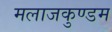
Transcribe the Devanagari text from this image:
मलाजकुण्डम